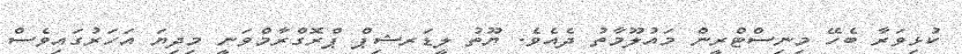
ކުޅިވަރާ ބެހޭ މިނިސްޓްރީން މައުލޫމާތު ދެއެވެ. ޔޫތު ލީޑަރޝިޕް ޕްރޮގްރާމްވަނީ މިދިޔަ އަހަރުގައިވެސް